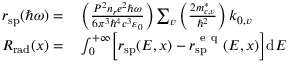
\begin{array} { r l } { r _ { \mathrm { s p } } ( \hbar \omega ) = } & { { } \left( \frac { P ^ { 2 } n _ { r } e ^ { 2 } \hbar \omega } { 6 \pi ^ { 3 } \hbar ^ { 4 } c ^ { 3 } \varepsilon _ { 0 } } \right) \sum _ { v } \left( \frac { 2 m _ { c , v } ^ { * } } { \hbar ^ { 2 } } \right) k _ { 0 , v } } \\ { R _ { \mathrm { r a d } } ( x ) = } & { { } \int _ { 0 } ^ { + \infty } \biggl [ r _ { \mathrm { s p } } ( E , x ) - r _ { \mathrm { s p } } ^ { \mathrm { ~ e ~ q ~ } } ( E , x ) \biggr ] \mathrm { d } E } \end{array}